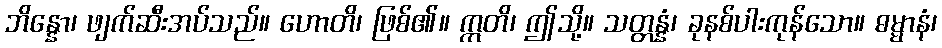
ဘိန္နော၊ ဖျက်ဆီးအပ်သည်။ ဟောတိ၊ ဖြစ်၏။ ဣတိ၊ ဤသို့။ သတ္တန္နံ၊ ခုနစ်ပါးကုန်သော။ ဓမ္မာနံ၊